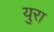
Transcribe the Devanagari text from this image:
युरा